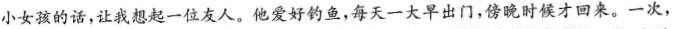
小女孩的话，让我想起一位友人。他爱好钓鱼，每天一大早出门，傍晚时候才回来。一次，